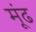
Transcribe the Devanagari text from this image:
मूंढ